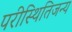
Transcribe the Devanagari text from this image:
परीस्थितिजन्य